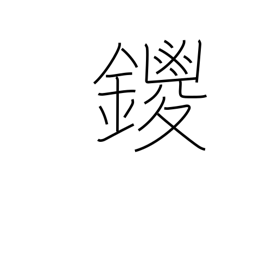
Meaning: name